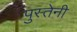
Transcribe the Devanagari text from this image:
पुस्तेनी